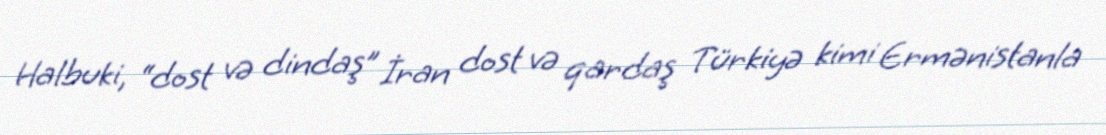
Halbuki, “dost və dindaş” İran dost və qardaş Türkiyə kimi Ermənistanla